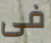
فى